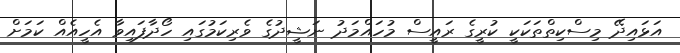
އަޅައިދޭ މިސްކިތްތަކަކީ ކުރީގެ ރައީސް މުހައްމަދު ނަޝީދުގެ ވެރިކަމުގައި ހޯދާފައިވާ އެހީއެއް ކަމަށް